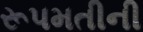
રૂપમતીની